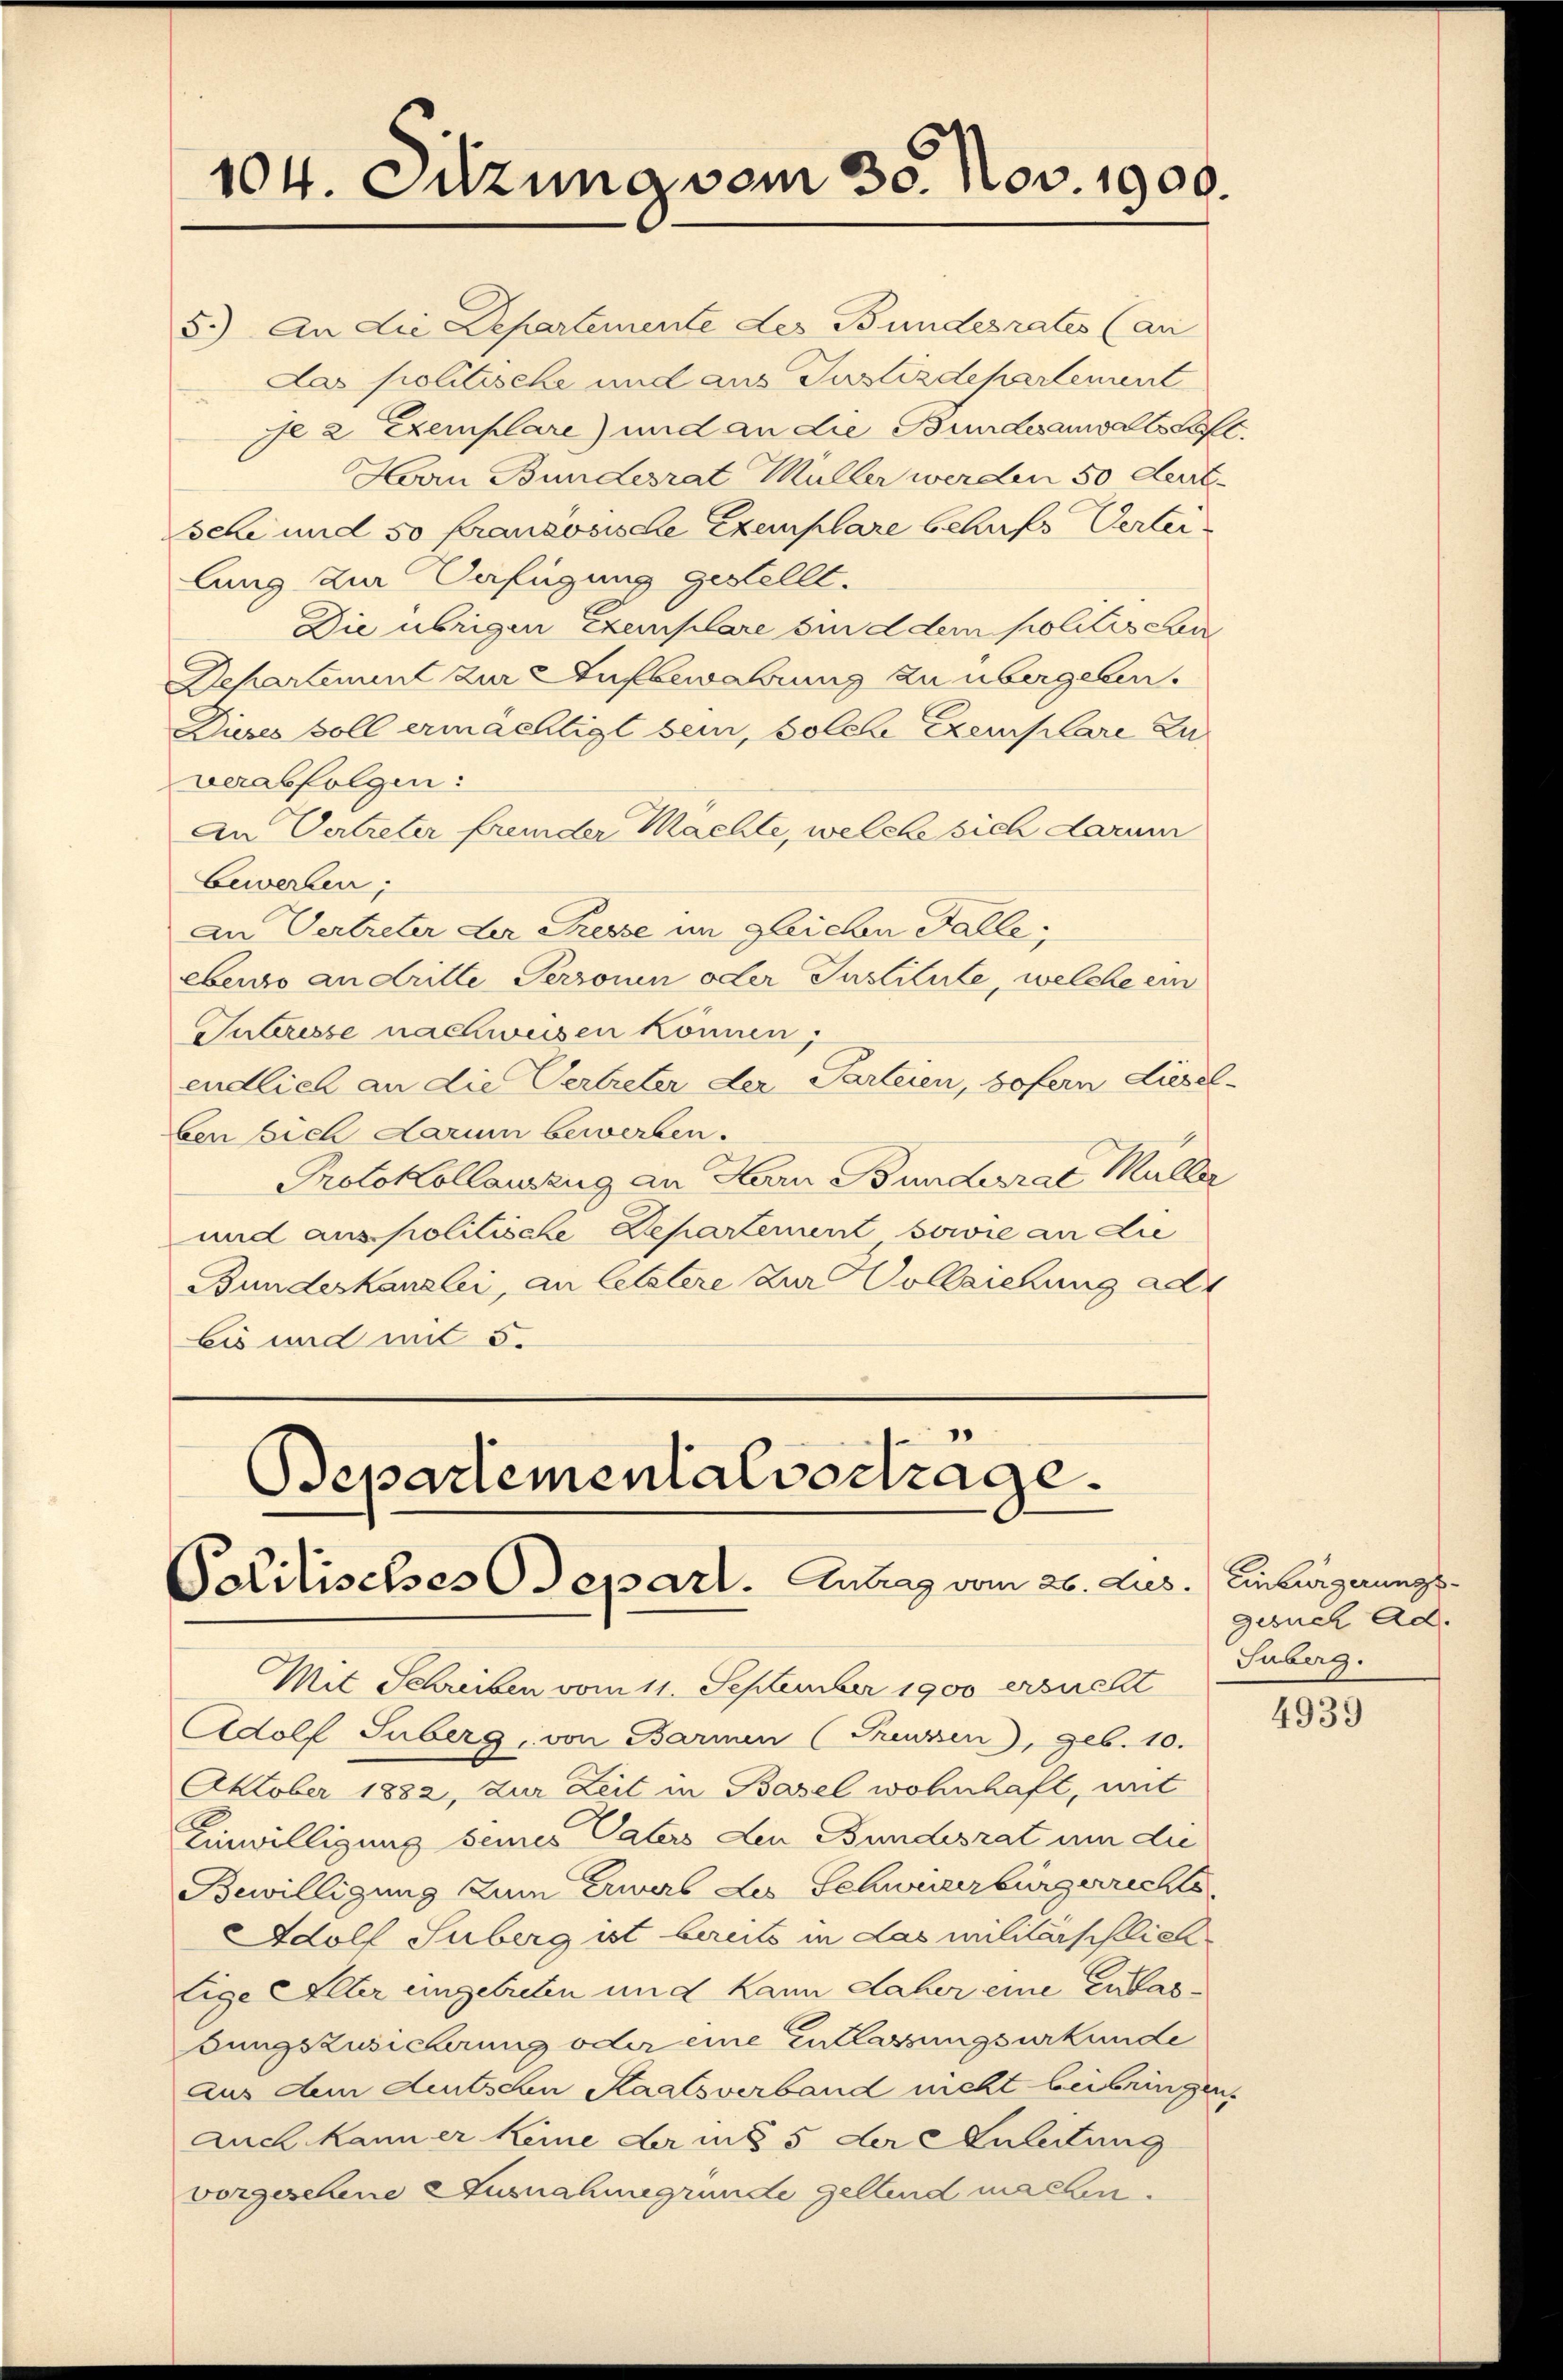
104. Sitzung vom 30. Nov. 1900.

Departementalvertrage.
Politisches Osepart. Antrag vom 26. Les.) Einbürgerungs¬

5.) An die Departemente des Bundesrates (an
Das politische und aus Justizdepartement
je 2 Exemplare) und an die Bundesanwalts Kost
Hrn Bundesrat Müller werden 50 deut
seli und 50 französische Exemplare behufs Vertei
lung zur Verfügung gestellt.
Die übrigen Exemplare sind dem politische
Departement zur Aufbewahrung zu übergeben.
Dieses soll ermächtigt sein, solche Exemplare Zuverabfolgen:
An Vertreter fremder Machte, welche sich darum
bewerben;
An Vertreter der Presse im gleichen Falle;
ebewo an dritte Personen oder Institute, welche ein
Suteresse nachweisen können;
endlich an die Vertreter der Parteien, sofern Lieselben sich darum bewerben.
Protokollauszug an Harn Bundesrat Müller
und aus politische Departement sowie an die
Bundeskanzlei, an letztere zur Vollziehung ad
Eis und mit 5.

Mit Schreiben vom 11. September 1900 ersucht
Adolf Suberg, von Barmen (Greuzen), geb. 10.
Oktober 1882, zur Zeit in Basel wohnhaft, mit
Einwilligung seines Vaters den Bundesrat um die
Bewilligung zum Erwarb des Schweizerbürgerrechts
Adolf Suberg ist bereits in das militärschlich
lige Alter eingetreten und kann daher eine Zulasbungszusicherung oder eine Entlassungsurkunde
aus dem deutschen Staatsverband nicht beibringen.
Auch kann er keine der in § 5 der Anleitung
vorgesehene Ausnahmegrunde geltend machen.

gesuch Ad.
Suberg.

4939